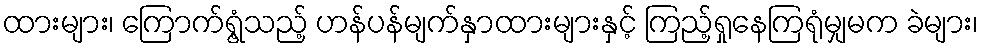
ထားများ၊ ကြောက်ရွံ့သည့် ဟန်ပန်မျက်နှာထားများနှင့် ကြည့်ရှုနေကြရုံမျှမက ခဲများ၊